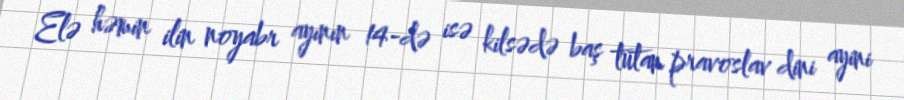
Elə həmin ilin noyabr ayının 14-də isə kilsədə baş tutan pravoslav dini ayini